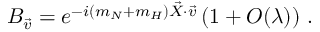
B _ { \vec { v } } = e ^ { - i ( m _ { N } + m _ { H } ) \vec { X } \cdot \vec { v } } \left( 1 + { \cal O } ( \lambda ) \right) \, .